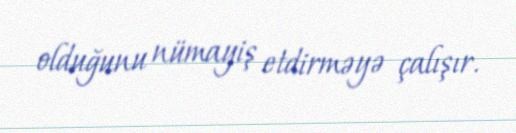
olduğunu nümayiş etdirməyə çalışır.